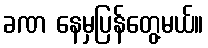
ခဏ နေမှပြန်တွေ့မယ်။